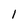
Character: 1